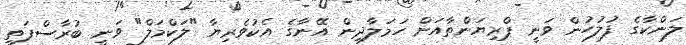
ލަންކާގެ ފުލުހުން ވަނީ ޕްރިޔަންތާއަށް ހަމަލާދިން އޭނާގެ އެކުވެރިޔާ "ލަކްމަލް" ވަނީ ބުރާސްފަތި